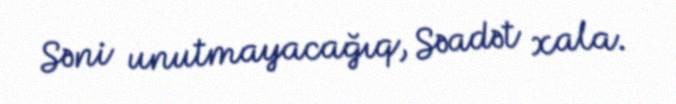
Səni unutmayacağıq, Səadət xala.